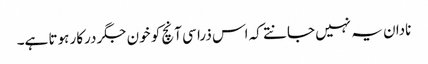
نادان یہ نہیں جانتے کہ اس ذرا سی آنچ کو خون جگر درکار ہوتا ہے۔